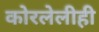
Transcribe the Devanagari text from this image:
कोरलेलीही